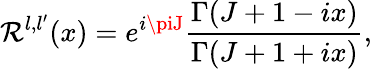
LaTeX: \mathcal{R}^{l,l^{\prime}}(x)=e^{i\piJ}\frac{{\Gamma(J+1-ix)}}{{\Gamma(J+1+ix)}},